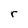
Character: r